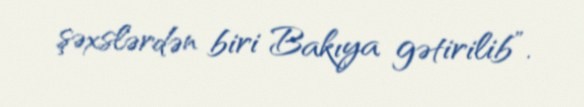
şəxslərdən biri Bakıya gətirilib”.